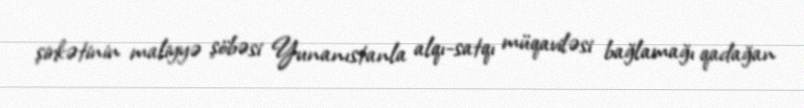
şirkətinin maliyyə şöbəsi Yunanıstanla alqı-satqı müqaviləsi bağlamağı qadağan